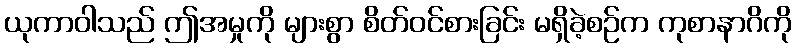
ယုကာဝါသည် ဤအမှုကို များစွာ စိတ်ဝင်စားခြင်း မရှိခဲ့စဉ်က ကုစာနာဂိကို